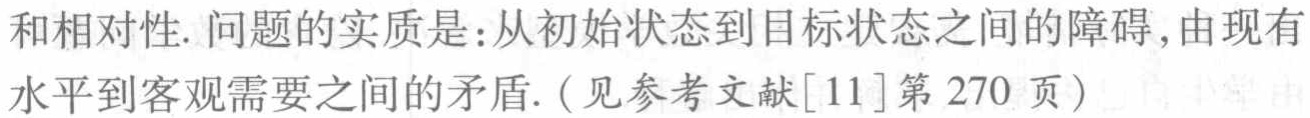
和相对性. 问题的实质是：从初始状态到目标状态之间的障碍, 由现有水平到客观需要之间的矛盾. (见参考文献[11]第 270 页)